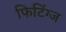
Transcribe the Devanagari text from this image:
फिटिंग्ज